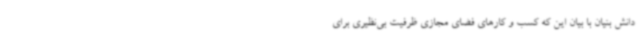
دانش بنیان با بیان این که کسب و کارهای فضای مجازی ظرفیت بی‌نظیری برای